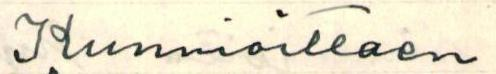
Kunnioittaen